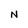
Character: N